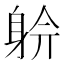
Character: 𨉅